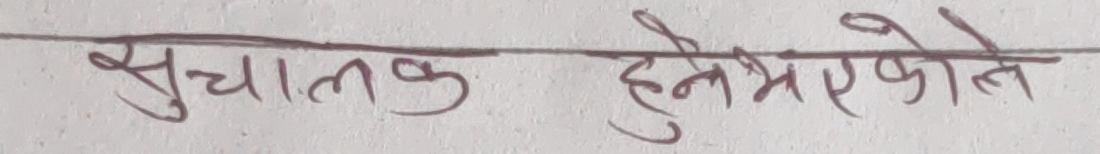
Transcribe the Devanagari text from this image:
सुचालक हुनेभएकोले